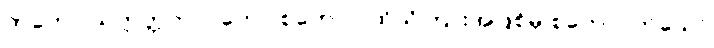
တတော သက္ကတ္တဘာဝတော စုတော - ထိုသိကြားအဖြစ်မှ စုတေလတ်သော်